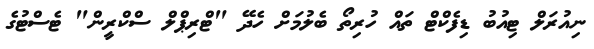
ނިއުރަލް ޓިއުބު ޑިފެކްޓް ތައް ހުރިތޯ ބެލުމަށް ހެދޭ "ޓްރިޕްލް ސްކްރީން" ޓެސްޓުގެ